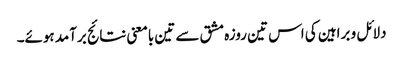
دلائل و براہین کی اس تین روزہ مشق سے تین بامعنی نتائج برآمد ہوئے۔